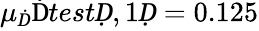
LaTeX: \mu_{Ḋ}\mathrm{Ḋ}testḌ,1Ḍ=0.125